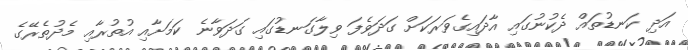
އަދި ކަނޑުތައް ދެކުނުގައި އާދައިގެވަރަކަށް ގަދަވެފަ ވިލާގަނޑުގައި ގަދަވާނެ ކަމަށާއި އުތުރާއި މެދުތެރޭގެ